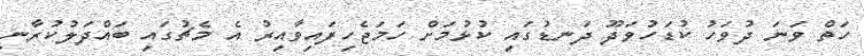
ހަތް ވަނަ ދުވަހު ކުޑަހުވަދޫ ދަނޑުގައި ކުޅުމަށް ހަމަޖެހިފައިވާއިރު އެ މެޗުގައި ބައްދަލުކުރާނީ